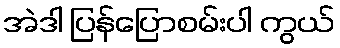
အဲဒါ ပြန်ပြောစမ်းပါ ကွယ်